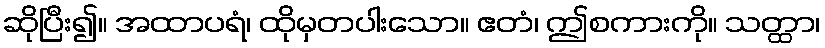
ဆိုပြီး၍။ အထာပရံ၊ ထိုမှတပါးသော။ ဧတံ၊ ဤစကားကို။ သတ္ထာ၊